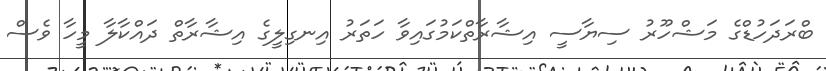
ބްރަދަހުޑްގެ މަޝްހޫރު ސިޔާސީ އިޝާރާތްކަމުގައިވާ ހަތަރު އިނގިލީގެ އިޝާރާތް ދައްކާލާ މީހާ ވެސް